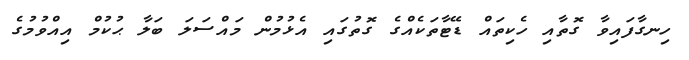
ހިނގާފައިވާ ގޮތާއި ހެކިތައް ޑޭޓާތަކެއްގެ ގޮތުގައި އެޅުމުން މައްސަލަ ބަލާ ޙުކުމް އިއްވުމުގެ